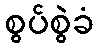
စွပ်စွဲခံ